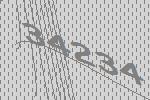
34234